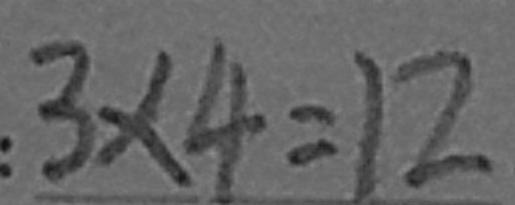
: 3 \times 4 = 1 2